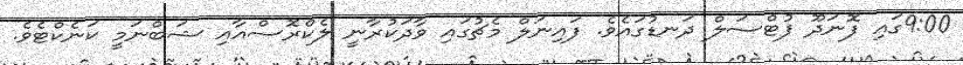
9:00ގައި ފޮނަދޫ ފުޓްސަލް ދަނޑުގައެވެ. ފައިނަލް މެޗުގައި ވާދަކުރާނީ ލެކްރޮސްއާއި ޝަބްނަމީ ކަނެކްޓެވެ.